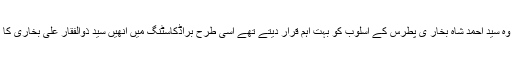
اردو مزاح میں وہ سید احمد شاہ بخار ی پطرس کے اسلوب کو بہت اہم قرار دیتے تھے اسی طرح براڈکاسٹنگ میں انھیں سید ذوالفقار علی بخاری کا اسلوب پسند تھا۔